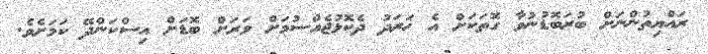
ރައްޔިތުންނަށް ބުރަބޮޑުނުވާ ގޮތަކަށް އެ ޚަރަދު ދެކޮޅުޖެއްސުމަށް ވަރަށް ބޮޑަށް އިސްކަންދޭ ކަމަށެވެ.